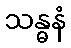
သန္ဓနံ